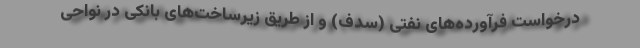
درخواست فرآورده‌های نفتی (سدف) و از طریق زیرساخت‌های بانکی در نواحی